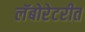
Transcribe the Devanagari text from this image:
लॅबोरेटरीत